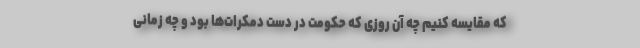
که مقایسه کنیم چه آن روزی که حکومت در دست دمکرات‌ها بود و چه زمانی